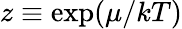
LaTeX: z\equiv\exp(\mu/kT)